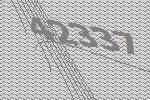
42337